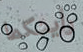
رأيتكما